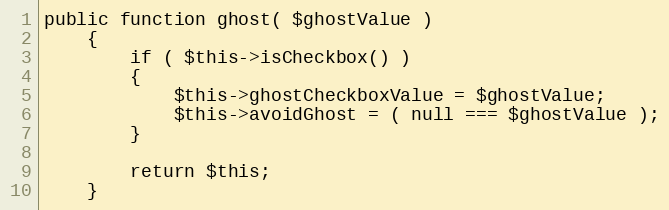
Language: PHP
public function ghost( $ghostValue )
    {
        if ( $this->isCheckbox() )
        {
            $this->ghostCheckboxValue = $ghostValue;
	        $this->avoidGhost = ( null === $ghostValue );
        }

        return $this;
    }